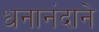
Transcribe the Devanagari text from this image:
धनानंदाने